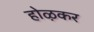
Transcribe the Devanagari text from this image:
होऴकर